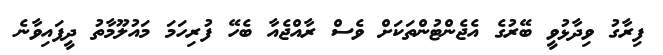
ފިރާގު ވިދާޅުވީ ބޭރުގެ އެޖެންޓުންތަކަށް ވެސް ރާއްޖެއާ ބެހޭ ފުރިހަމަ މައުލޫމާތު ދީފައިވާނެ